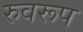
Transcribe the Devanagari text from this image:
रुवरूप